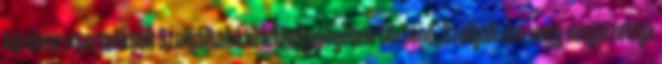
körében a terméknek Szolgáltató üzlethelyiségében történő, Szolgáltató vagy megbízottja